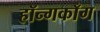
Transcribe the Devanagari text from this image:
हॉन्गकाँग